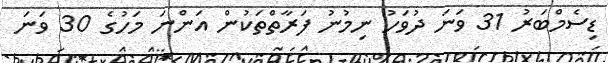
ޑިސެމްބަރު 31 ވަނަ ދުވަހު ނިމުނު ފަރާތްތަކުން އަންނަ މަހުގެ 30 ވަނަ